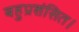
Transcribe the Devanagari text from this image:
बहुप्रशंसित।